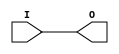
// This program was cloned from: https://github.com/jhshi/openofdm
// License: Apache License 2.0

// $Header: /devl/xcs/repo/env/Databases/CAEInterfaces/verunilibs/data/unisims/IBUFG_SSTL2_II_DCI.v,v 1.6 2007/05/23 21:43:34 patrickp Exp $
///////////////////////////////////////////////////////////////////////////////
// Copyright (c) 1995/2004 Xilinx, Inc.
// All Right Reserved.
///////////////////////////////////////////////////////////////////////////////
//   ____  ____
//  /   /\/   /
// /___/  \  /    Vendor : Xilinx
// \   \   \/     Version : 10.1
//  \   \         Description : Xilinx Functional Simulation Library Component
//  /   /                  Input Clock Buffer with SSTL2_II_DCI I/O Standard
// /___/   /\     Filename : IBUFG_SSTL2_II_DCI.v
// \   \  /  \    Timestamp : Thu Mar 25 16:42:31 PST 2004
//  \___\/\___\
//
// Revision:
//    03/23/04 - Initial version.
//    05/23/07 - Changed timescale to 1 ps / 1 ps.

`timescale  1 ps / 1 ps


module IBUFG_SSTL2_II_DCI (O, I);

    output O;

    input  I;

	buf B1 (O, I);


endmodule